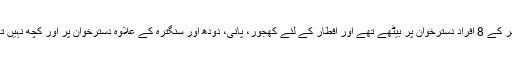
گھر کے 8 افراد دسترخوان پر بیٹھے تھے اور افطار کے لئے کھجور، پانی، دودھ اور سنگترہ کے علاوہ دسترخوان پر اور کچھ نہیں تھا۔